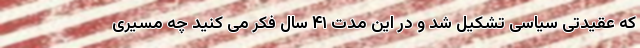
که عقیدتی سیاسی تشکیل شد و در این مدت ۴۱ سال فکر می کنید چه مسیری